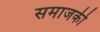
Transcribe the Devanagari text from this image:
समाजकी